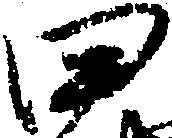
田